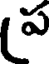
ప